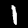
Label: 1